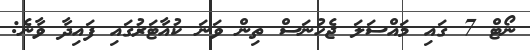
ނޯޓް 7 ގައި މައްސަލަ ޖެހުނަސް ތިން ވަނަ ކުއާޓަރުގައި ފައިދާ ވާނެ: